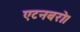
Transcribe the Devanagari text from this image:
एटनबरो।